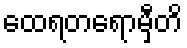
ထေရတရောမှီတိ